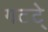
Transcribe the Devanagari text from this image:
गटटे्